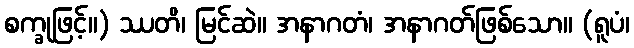
စက္ခုဖြင့်။) ဿတိ၊ မြင်ဆဲ။ အနာဂတံ၊ အနာဂတ်ဖြစ်သော။ (ရူပံ၊